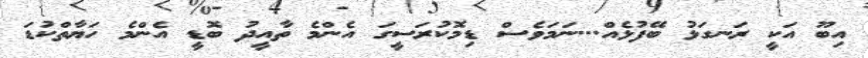
އިބޫ އަކީ ރަނގަޅު ބޭފުޅެއް...ނަމަވެސް ޑިމޮކުރަސީގަ އެންމެ ތާއީދު ބޮޑީ އެންމެ ހަޔާތްކުޑަ